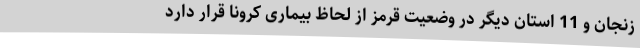
زنجان و 11 استان دیگر در وضعیت قرمز از لحاظ بیماری کرونا قرار دارد